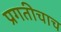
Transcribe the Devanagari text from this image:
प्रगतीचाच